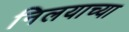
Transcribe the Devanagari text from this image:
निलयाच्या